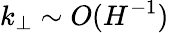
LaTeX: k_{\perp}\sim O(H^{-1})